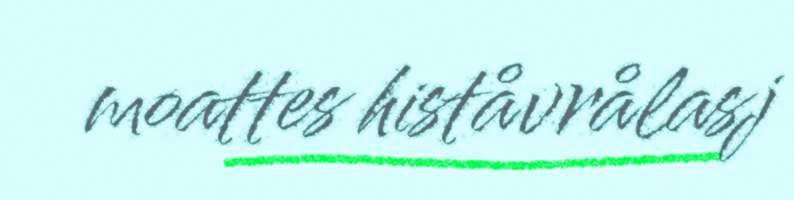
moattes histåvrålasj